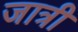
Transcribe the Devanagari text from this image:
जात्री